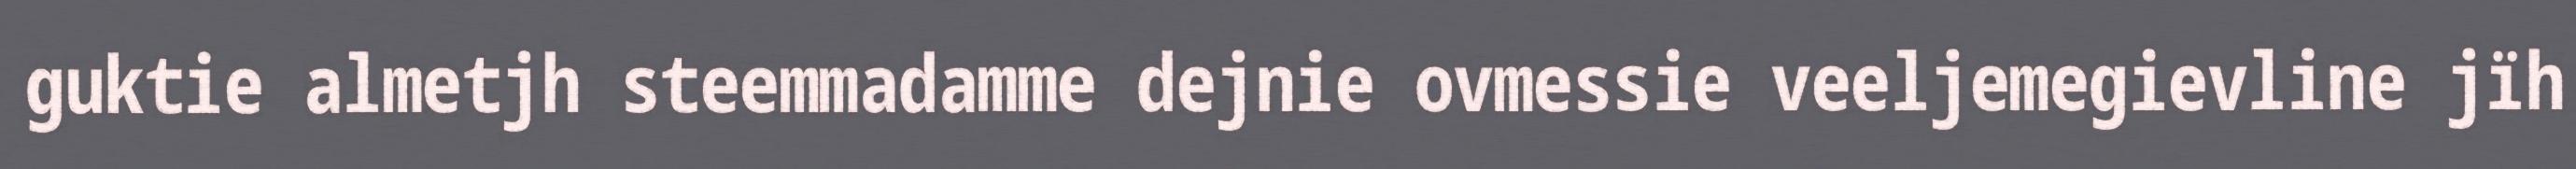
guktie almetjh steemmadamme dejnie ovmessie veeljemegievline jïh